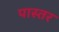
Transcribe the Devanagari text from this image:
पास्तर